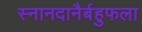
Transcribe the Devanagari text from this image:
स्नानदानैर्बहुफला